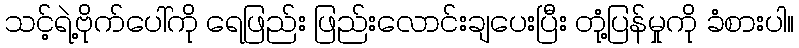
သင့်ရဲ့ဗိုက်ပေါ်ကို ရေဖြည်း ဖြည်းလောင်းချပေးပြီး တုံ့ပြန်မှုကို ခံစားပါ။